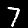
Label: 7